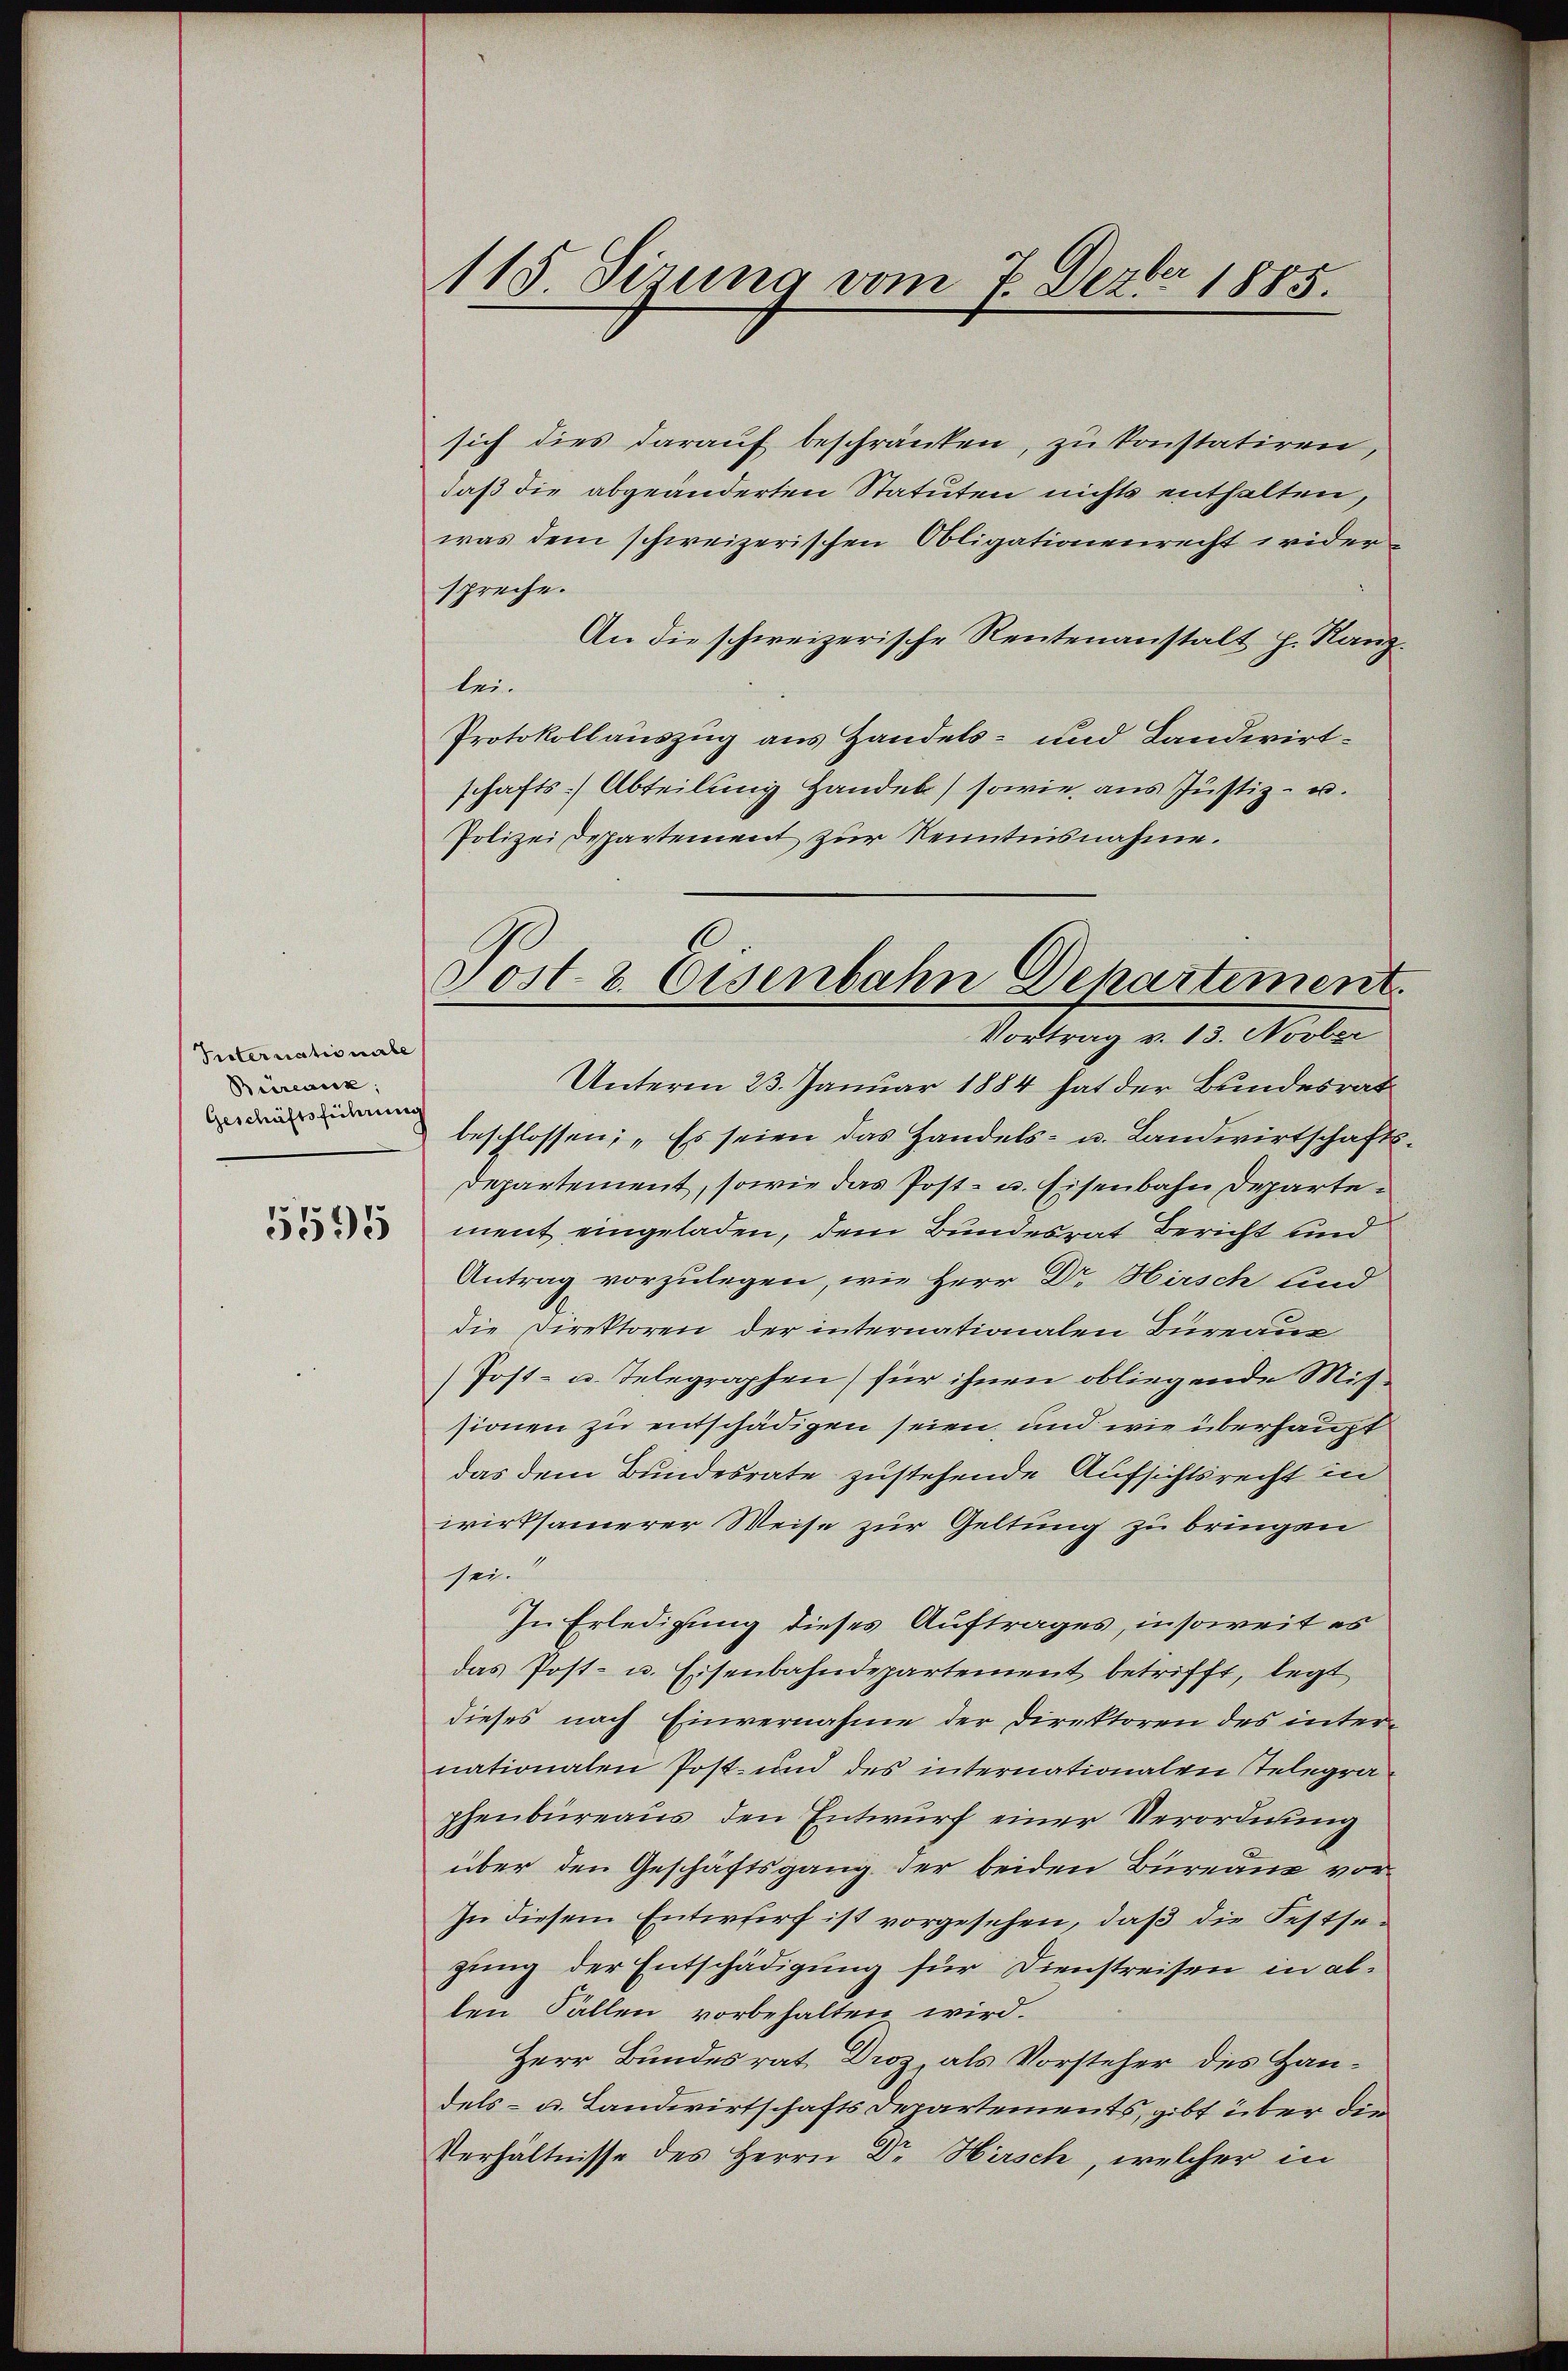
Internationale
Büreaux;
Geschäftsführung
5595

115. Sizung vom 7. Dezbr 1885.

sich dies darauf beschränken, zu konstatiren
daß die abgeänderten Statuten nichts enthalten,
was dem schweizerischen Obligationenrecht widerspreche.
An die schweizerische Rentenanstalt h. Kanz
lei.
Protokollauszug aus Handels- und Landwirtschafts- Abteilung Handel) sowie aus Justiz- u.
Polizei Departement zur Kenntnisnahme.
beschlossen; „Es seien das Handels- u. Landwirtschafts
Departement, sowie das Post- u. Eisenbahn Departement eingeladen, dem Bundesrat Bericht und
Antrag vorzulegen, wie Herr Dr. Hirsch und
die Direktoren der internationalen Bureaus
(Post- u. Telegraphen) für ihnen obliegende Missionen zu entschädigen seien, und wie überhaupt
das dem Bundesrate zustehende Aufsichtsrecht in
wirksamerer Weise zur Geltung zu bringen
sei.
In Erledigung dieses Auftrages, insoweit es
das Post- u. Eisenbahndepartement betrifft, legt
dieses nach Einvernahme der Direktoren des internationalen Post- und des internationalen Telegra
phenbüreaus den Entwurf einer Verordnung
über den Geschäftsgang der beiden Bureau vor¬
Zu diesem Entwurf ist vorgesehen, daß die Festsegung der Entschädigung für Dienstreisen in allen Fällen vorbehalten wird.
Herr Bundesrat Droz, als Vorsteher des Handels- u. Landwirtschafts Departements, gibt über die
Verhältnisse des Herrn Dr Hirsch, welcher in

Post- & Eisenbahn Departement
Vortrag v. 13. Novber
Unterm 23. Januar 1884 hat der Bundesrat